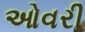
ઓવરી